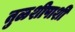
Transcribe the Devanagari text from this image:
तुळशीपाशी